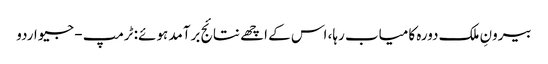
بیرونِ ملک دورہ کامیاب رہا، اس کے اچھے نتائج برآمد ہوئے: ٹرمپ - جیو اردو